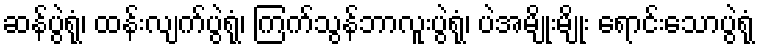
ဆန်ပွဲရုံ၊ ထန်းလျက်ပွဲရုံ၊ ကြက်သွန်ဘာလူးပွဲရုံ၊ ပဲအမျိုးမျိုး ရောင်းသောပွဲရုံ